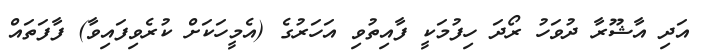
އަދި އާޝޫރާ ދުވަހު ރޯދަ ހިފުމަކީ ފާއިތުވި އަހަރުގެ (އެމީހަކަށް ކުރެވިފައިވާ) ފާފަތައް